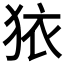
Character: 𭸈